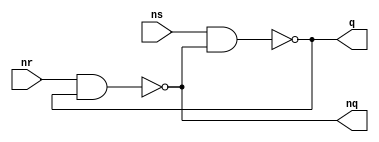
module rs_flip_flop_nand (
    ns,
    nr,
    q,
    nq
);
  input ns;
  input nr;
  output q;
  output nq;

  nand (q, ns, nq);
  nand (nq, nr, q);
endmodule